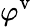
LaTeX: \varphi^{\mathrm{v}}